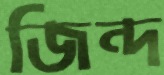
জিন্দ